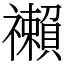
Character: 䄤